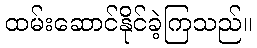
ထမ်းဆောင်နိုင်ခဲ့ကြသည်။